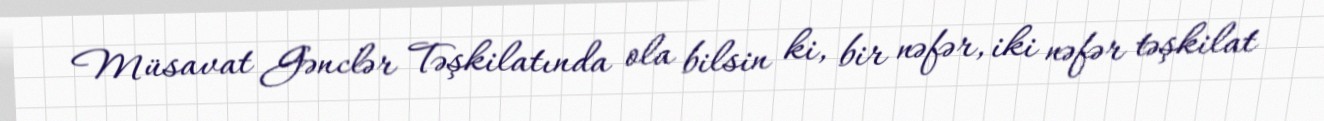
Müsavat Gənclər Təşkilatında ola bilsin ki, bir nəfər, iki nəfər təşkilat